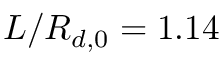
L / R _ { d , 0 } = 1 . 1 4